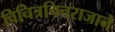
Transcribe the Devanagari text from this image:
विचित्रचित्तराजाने